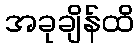
အခုချိန်ထိ